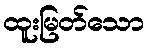
ထူးမြတ်သော